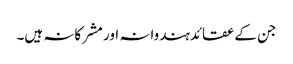
جن کےعقائدہندوانہ اور مشرکانہ ہیں۔